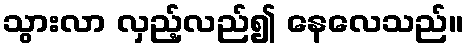
သွားလာ လှည့်လည်၍ နေလေသည်။